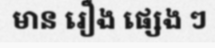
មាន រឿង ផ្សេង ៗ